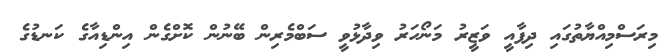
މިރަސްމިއްޔާތުގައި ދިފާއީ ވަޒީރު މަނޯހަރު ވިދާޅުވީ ސަބްމެރިން ބޭނުން ކޮށްގެން އިންޑިއާގެ ކަނޑުގެ